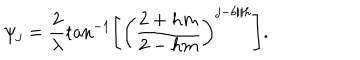
\psi _ { j } = \frac { 2 } { \lambda } \tan ^ { - 1 } \left[ \left( \frac { 2 + h m } { 2 - h m } \right) ^ { j - b / h } \right] .